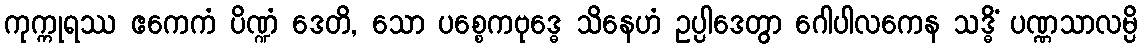
ကုက္ကုရဿ ဧကေကံ ပိဏ္ဍံ ဒေတိ, သော ပစ္စေကဗုဒ္ဓေ သိနေဟံ ဥပ္ပါဒေတွာ ဂေါပါလကေန သဒ္ဓိံ ပဏ္ဏသာလမ္ပိ